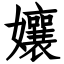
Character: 孃